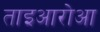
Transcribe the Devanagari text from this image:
ताइआरोआ